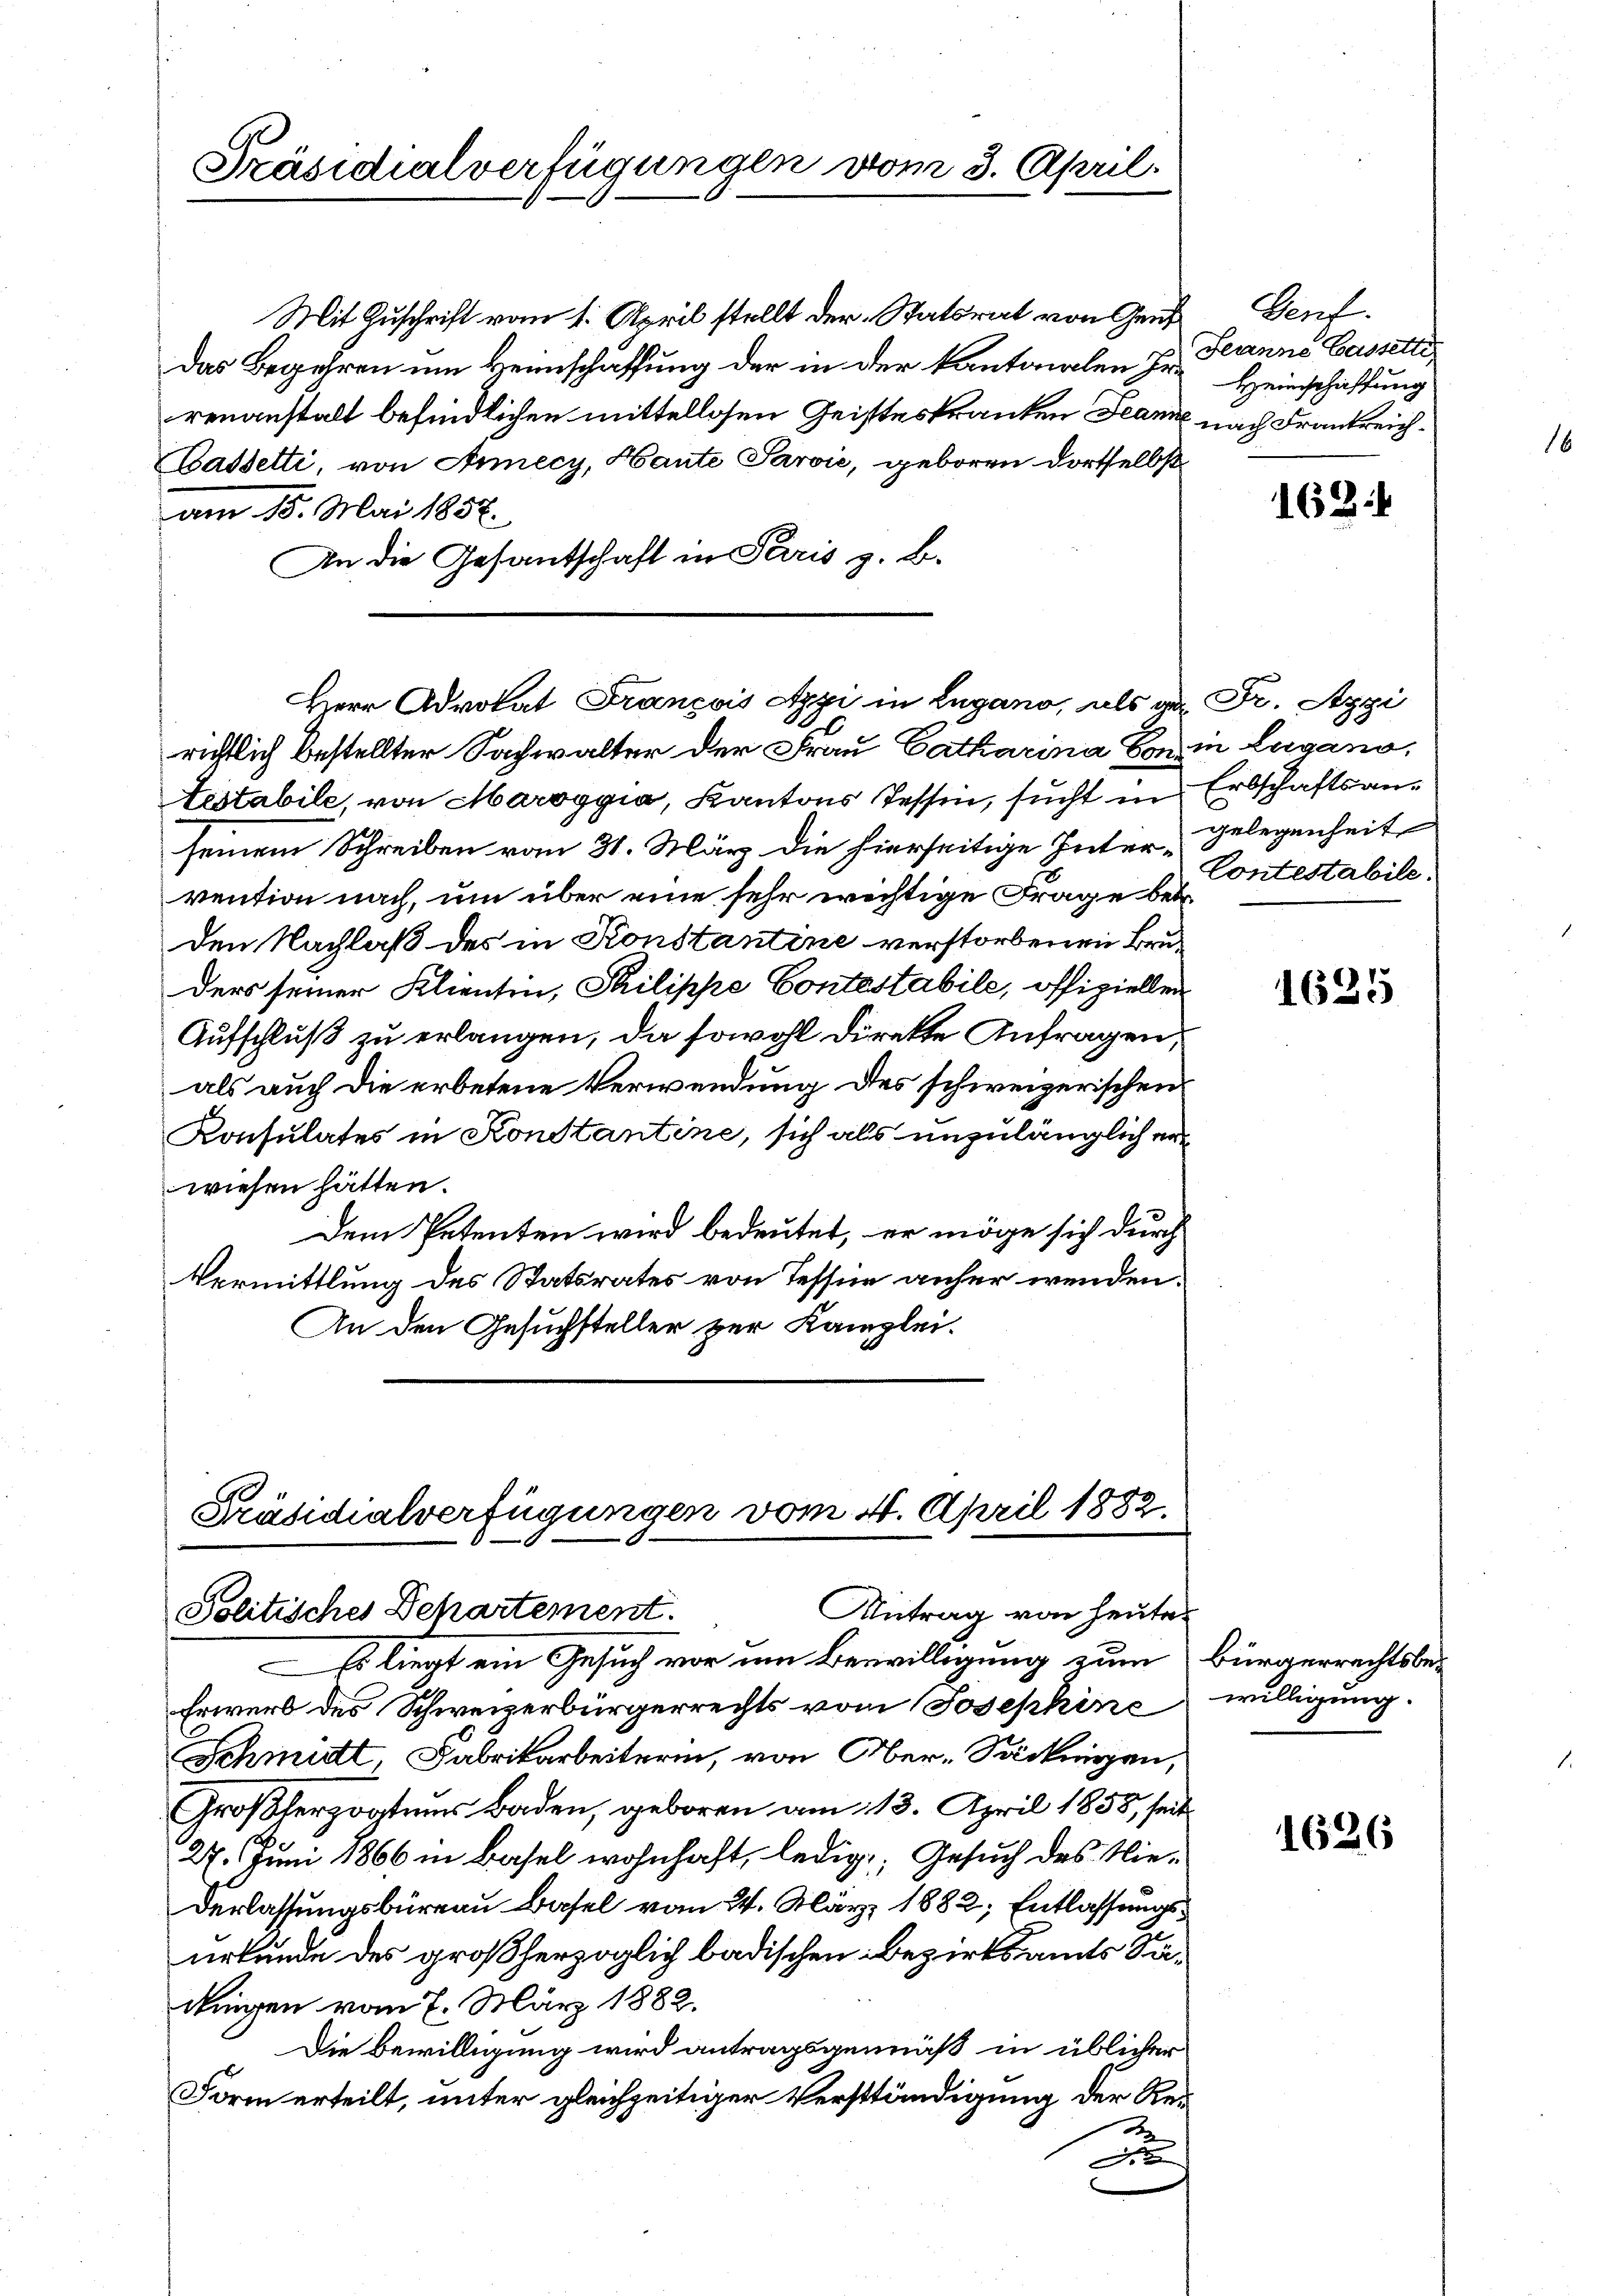
Präsidialverfügungen vom 3. April.

Mit Zuschrift vom 1. April stellt der Statsrat von Gen
das Begehren um Heimschaffung der in der kantonalen zu Jeanne Cassettirenanstalt befindlichen mittellosen Geisteskranken Jeanne nach Frankreich¬
Bassetti, von Annecy, Haute Parvić, geboren dortselbst
am 15. Mai 1857.
An die Gesantschaft in Paris z. B.

éstabile, von Maroggia, Kantons Tessin, sucht in Erbschaftsanseinem Schreiben vom 31. März die hierseitige Inter Gelegenheit
vention nach, um über eine sehr wichtige Frage betr.
den Nachlaß des in Konstantine verstorbenen Bruders seiner Klienten, Philippe Contestabile, offiziellen
Aufschluß zu erlangen, da sowohl direkte Anfragen,
als auch die erbetene Verwendung des schweizerischen
Konsulates in Konstantine, sich als unzulänglich er
wiesen hätten.
Dem Petenten wird bedeutet, er möge sich durch
Vermittlung des Statsrates von Tessin anher wenden.
An den Gesuchsteller zur Kanzlei.

Erwerb des Schweizerbürgerrechts vom Josephine
Schmidt, Fabrikarbeiterin, von Ober-Sackingen,
Großherzogtums Baden, geboren am 13. April 1858, seit
27. Juni 1866 in Basel wohnhaft, ledig, Gesuch des Nie¬
Verlassungsbüreau Basel vom 24. März 1882; Entlassungsurkunde des großherzoglich badischen Bezirksamts Sadingen vom 7. März 1882.
Die Bewilligung wird antragsgemäß in üblicher
Form erteilt, unter gleichzeitiger Verständigung der Re¬
u

Herr Advokat Francois Appi in Lugano, als ge. Fr. Appi
richtlich bestellter Sachwalter der Frau Catharina von in Lugano,

Präsidialverfügungen vom 4. April 1882.
Antrag von heute.
Politisches Departement.
Es liegt ein Gesuch vor um Bewilligung zum bürgerrechtsbe¬

Gerf.
Heinschaffung

168

Contestabile.

1635

willigung.

1626